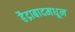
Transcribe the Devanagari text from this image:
हैद्राबादमधून